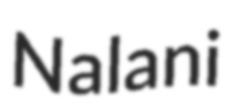
Nalani